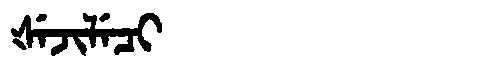
Manchu: ᡧᡝᠵᡳᠯᡝᠴᡳ
Romanization: ŠEJILECI